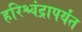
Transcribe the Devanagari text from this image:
हरिश्चंद्रापर्यंत